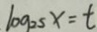
\log _ { 2 s } x = t